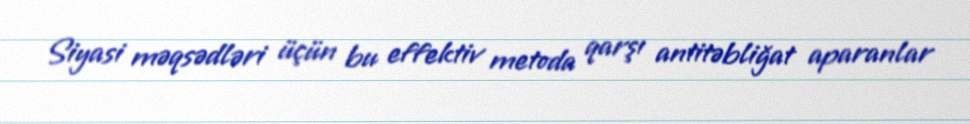
Siyasi məqsədləri üçün bu effektiv metoda qarşı antitəbliğat aparanlar